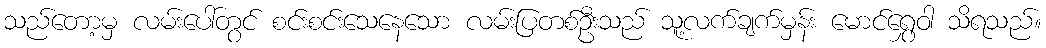
သည်တော့မှ လမ်းပေါ်တွင် စင်းစင်းသေနေသော လမ်းပြတစ်ဦးသည် သူ့လက်ချက်မှန်း မောင်ရွှေဝါ သိရသည်။